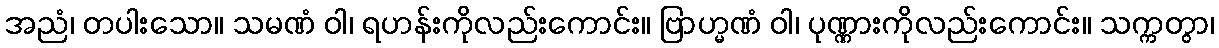
အညံ၊ တပါးသော။ သမဏံ ဝါ၊ ရဟန်းကိုလည်းကောင်း။ ဗြာဟ္မဏံ ဝါ၊ ပုဏ္ဏားကိုလည်းကောင်း။ သက္ကတွာ၊